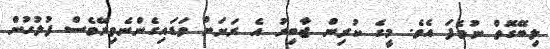
ލިބޭގޮތް ނުވެފަ އެވެ. މީގެ ކުރިން ޖާބިރު އެ ރަށަށް ވަޑައިގެންނެވިރޭވެސް ފުލުހުން